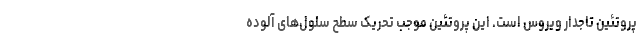
پروتئین تاجدار ویروس است. این پروتئین موجب تحریک سطح سلول‌های آلوده